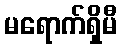
မရောက်ရှိမီ